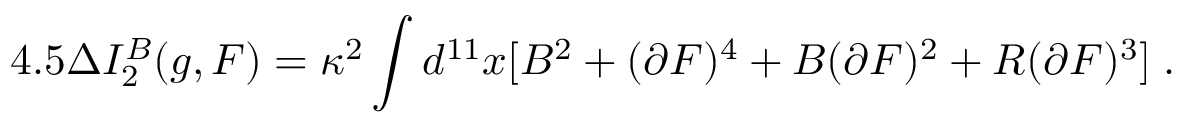
4 . 5 \Delta I _ { 2 } ^ { B } ( g , F ) = \kappa ^ { 2 } \int d ^ { 1 1 } x [ B ^ { 2 } + ( \partial F ) ^ { 4 } + B ( \partial F ) ^ { 2 } + R ( \partial F ) ^ { 3 } ] \; .